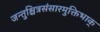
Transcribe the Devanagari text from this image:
जन्तुश्चित्रसंसारमुक्तिभाक्